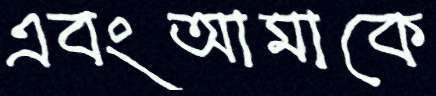
এবংআমাকে